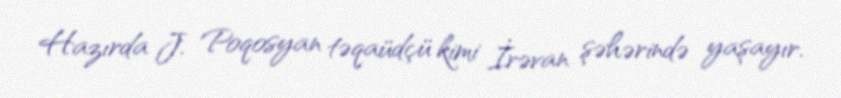
Hazırda J. Poqosyan təqaüdçü kimi İrəvan şəhərində yaşayır.